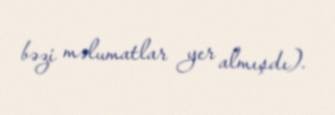
bəzi məlumatlar yer almışdı).